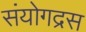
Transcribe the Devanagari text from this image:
संयोगद्रस